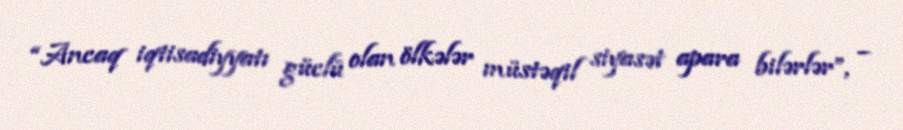
“Ancaq iqtisadiyyatı güclü olan ölkələr müstəqil siyasət apara bilərlər”, –